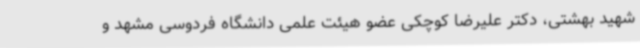
شهید بهشتی، دکتر علیرضا کوچکی عضو هیئت علمی دانشگاه فردوسی مشهد و